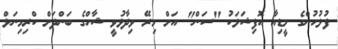
ފުލުހުންގެ މީޑިއާ އޮފިޝަލަކު "ސަން" އަށް މިރޭ ވިދާޅުވީ ޝާހްގެ ބަންދަށް ކްރިމިނަލް